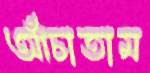
আঁচাতাম